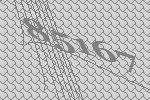
85167